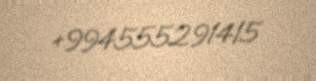
+994555291415